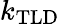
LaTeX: k_{\mathrm{TLD}}